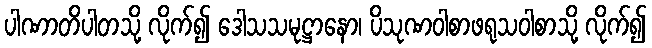
ပါဏာတိပါတသို့ လိုက်၍ ဒေါသသမုဋ္ဌာနော၊ ပိသုဏဝါစာဖရုသဝါစာသို့ လိုက်၍